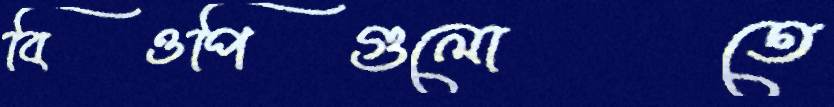
বিওপিগুলোতে